Civil Veterinary Department. Madras. Admin. report 1926-33 - 1926-1933
Year: 1926
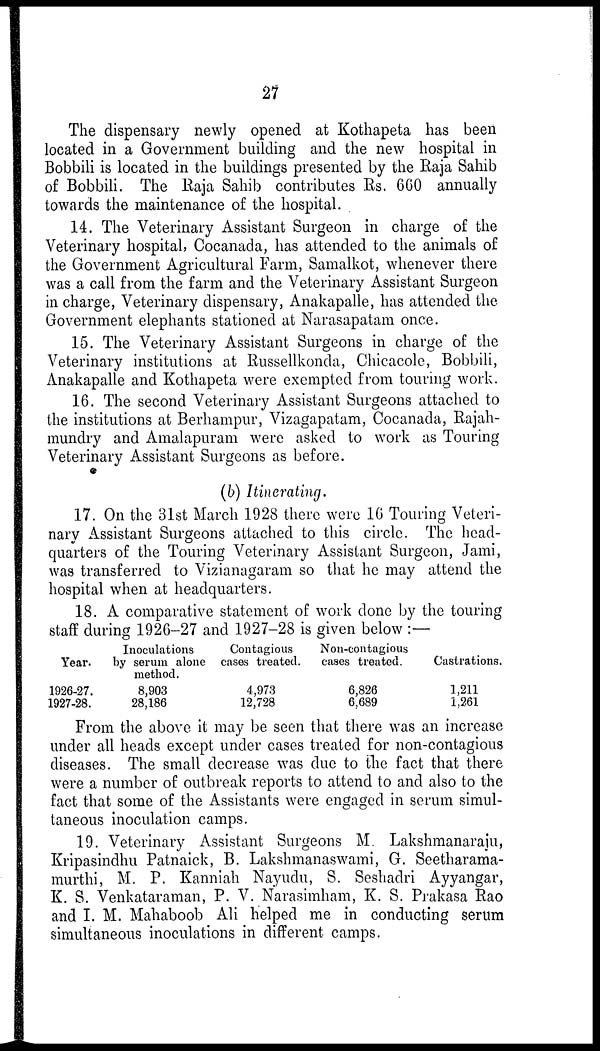
27
The dispensary newly opened at Kothapeta has been
located in a Government building and the new hospital in
Bobbili is located in the buildings presented by the Raja Sahib
of Bobbili. The Raja Sahib contributes Rs. 660 annually
towards the maintenance of the hospital.
14. The Veterinary Assistant Surgeon in charge of the
Veterinary hospital, Cocanada, has attended to the animals of
the Government Agricultural Farm, Samalkot, whenever there
was a call from the farm and the Veterinary Assistant Surgeon
in charge, Veterinary dispensary, Anakapalle, has attended the
Government elephants stationed at Narasapatam once.
15. The Veterinary Assistant Surgeons in charge of the
Veterinary institutions at Russellkonda, Chicacole, Bobbili,
Anakapalle and Kothapeta were exempted from touring work.
16. The second Veterinary Assistant Surgeons attached to
the institutions at Berhampur, Vizagapatam, Cocanada, Rajah-
mundry and Amalapuram were asked to work as Touring
Veterinary Assistant Surgeons as before.
(b) Itinerating.
17. On the 31st March 1928 there were 16 Touring Veteri-
nary Assistant Surgeons attached to this circle. The head-
quarters of the Touring Veterinary Assistant Surgeon, Jami,
was transferred to Vizianagaram so that he may attend the
hospital when at headquarters.
18. A comparative statement of work done by the touring
staff during 1926-27 and 1927-28 is given below :—
Year.
1926-27.
1927-28.
Inoculations
by serum alone
method.
8,903
28,186
Contagious
cases treated.
4,973
12,728
Non-contagious
cases treated.
6,826
6,689
Castrations.
1,211
1,261
From the above it may be seen that there was an increase
under all heads except under cases treated for non-contagious
diseases. The small decrease was due to the fact that there
were a number of outbreak reports to attend to and also to the
fact that some of the Assistants were engaged in serum simul-
taneous inoculation camps.
19. Veterinary Assistant Surgeons M. Lakshmanaraju,
Kripasindhu Patnaick, B. Lakshmanaswami, G. Seetharama-
murthi, M. P. Kanniah Nayudu, S. Seshadri Ayyangar,
K. S. Venkataraman, P. V. Narasimham, K. S. Prakasa Rao
and I. M. Mahaboob Ali helped me in conducting serum
simultaneous inoculations in different camps.